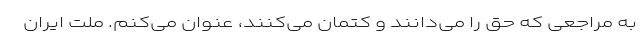
به مراجعی که حق را می‌دانند و کتمان می‌کنند، عنوان می‌کنم. ملت ایران